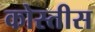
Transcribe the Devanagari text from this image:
कोस्तीस